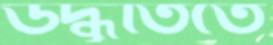
উদ্ধৃতিতে